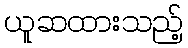
ယူဆထားသည့်